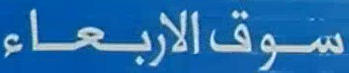
سوقالأربعاء